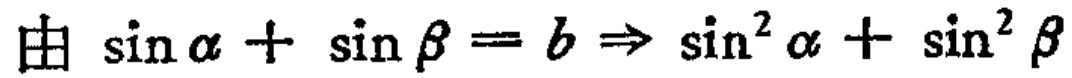
由 \(\sin \alpha + \sin \beta = b \Rightarrow \sin^{2} \alpha + \sin^{2} \beta\)